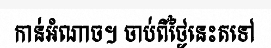
កាន់អំណាច។ ចាប់ពីថ្ងៃនេះតទៅ